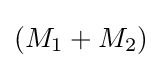
(M_{1}+M_{2})